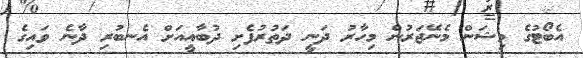
އެބޯޓުގެ މިޝަން މެނޭޖަރުން މިހާރު ދަނީ ދަތުރުފެށި ދުބާއީއަށް އެނބުރި ދާނެ ވައިގެ